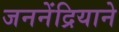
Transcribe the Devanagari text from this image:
जननेंद्रियाने